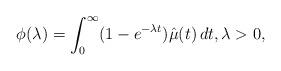
LaTeX: \begin{align*}\phi(\lambda)=\int_0^\infty (1-e^{-\lambda t})\hat \mu(t)\,dt,\lambda>0,\end{align*}